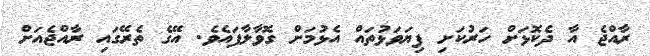
ރާއްޖެ އާ ދެކޮޅަށް ހަރުކަށި ފިޔަވަޅުތައް އެޅުމަށް ގޮވާލާފައެވެ. އޭގެ ތެރޭގައި ރާއްޖެއަށް